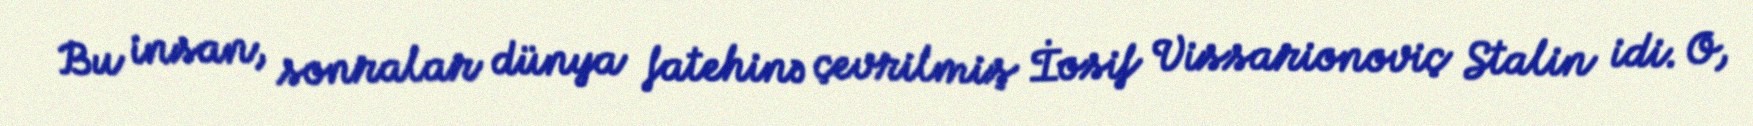
Bu insan, sonralar dünya fatehinə çevrilmiş İosif Vissarionoviç Stalin idi. O,